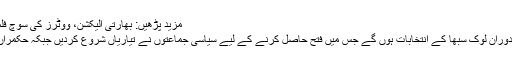
مزید پڑھیں: بھارتی الیکشن، ووٹرز کی سوچ فلموں کے ذریعے تبدیل کرنے کی تیاری
یاد رہے کہ بھارت میں اپریل مئی کے دوران لوک سبھا کے انتخابات ہوں گے جس میں فتح حاصل کرنے کے لیے سیاسی جماعتوں نے تیاریاں شروع کردیں جبکہ حکمراں جماعت اوچھے ہتھکنڈے اپنا رہی ہے۔